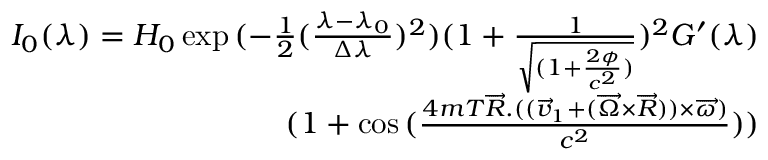
\begin{array} { r } { I _ { 0 } ( \lambda ) = H _ { 0 } \exp { ( - \frac { 1 } { 2 } ( \frac { \lambda - \lambda _ { 0 } } { \Delta \lambda } ) ^ { 2 } ) ( 1 + \frac { 1 } { \sqrt { ( 1 + \frac { 2 \phi } { c ^ { 2 } } ) } } ) ^ { 2 } } G ^ { \prime } ( \lambda ) } \\ { ( 1 + \cos { ( \frac { 4 m T \overrightarrow { R } . ( ( \overrightarrow { v } _ { 1 } + ( \overrightarrow { \Omega } \times \overrightarrow { R } ) ) \times \overrightarrow { \omega } ) } { c ^ { 2 } } ) } ) } \end{array}